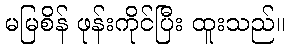
မမြစိန် ဖုန်းကိုင်ပြီး ထူးသည်။